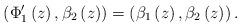
LaTeX: \begin{align*}\left(\Phi'_1\left(z\right), \beta_2\left(z\right)\right)=\left( \beta_1\left(z\right),\beta_2\left(z\right)\right).\end{align*}